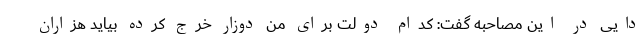
دایی در این مصاحبه گفت: کدام دولت برای من دوزار خرج کرده بیاید هزاران